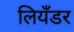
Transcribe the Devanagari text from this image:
लियँडर